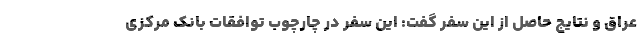
عراق و نتایج حاصل از این سفر گفت: این سفر در چارچوب توافقات بانک مرکزی